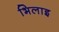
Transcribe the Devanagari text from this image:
भिलाइ